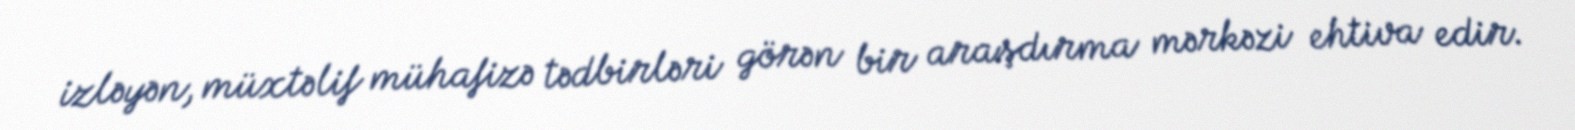
izləyən, müxtəlif mühafizə tədbirləri görən bir araşdırma mərkəzi ehtiva edir.